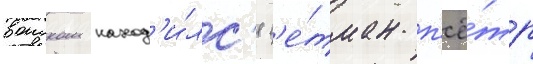
воиском наход'и́лс'я г'е́тман п'ё́тр